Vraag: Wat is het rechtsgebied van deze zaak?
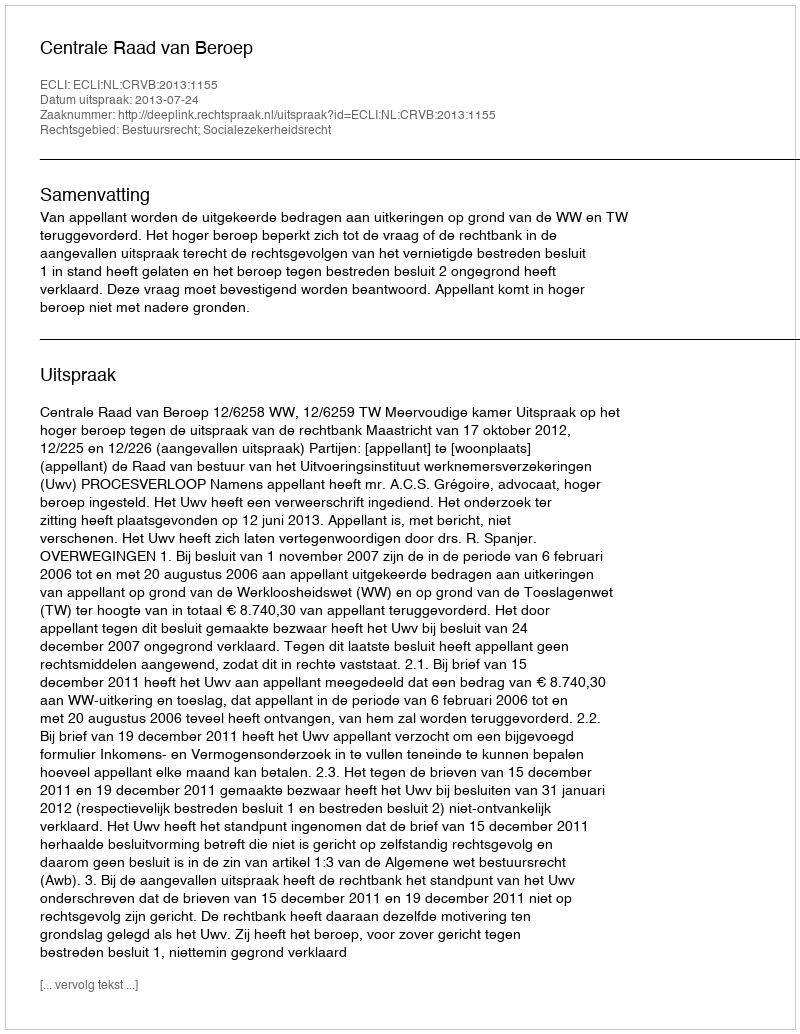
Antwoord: Bestuursrecht; Socialezekerheidsrecht